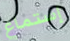
إستماع